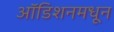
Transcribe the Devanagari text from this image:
ऑडिशनमधून